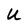
Character: U